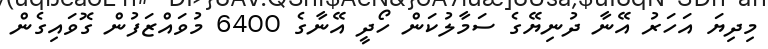
މިދިޔަ އަހަރު އޭނާ ދުނިޔޭގެ ސަމާލުކަން ހޯދީ އޭނާގެ 6400 މުވައްޒަފުން ގޮވައިގެން